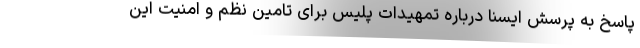
پاسخ به پرسش ایسنا درباره تمهیدات پلیس برای تامین نظم و امنیت این